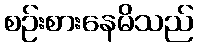
စဉ်းစားနေမိသည်